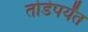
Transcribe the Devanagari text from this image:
तोडेपर्यंत